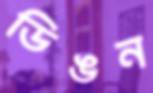
ডিঙন